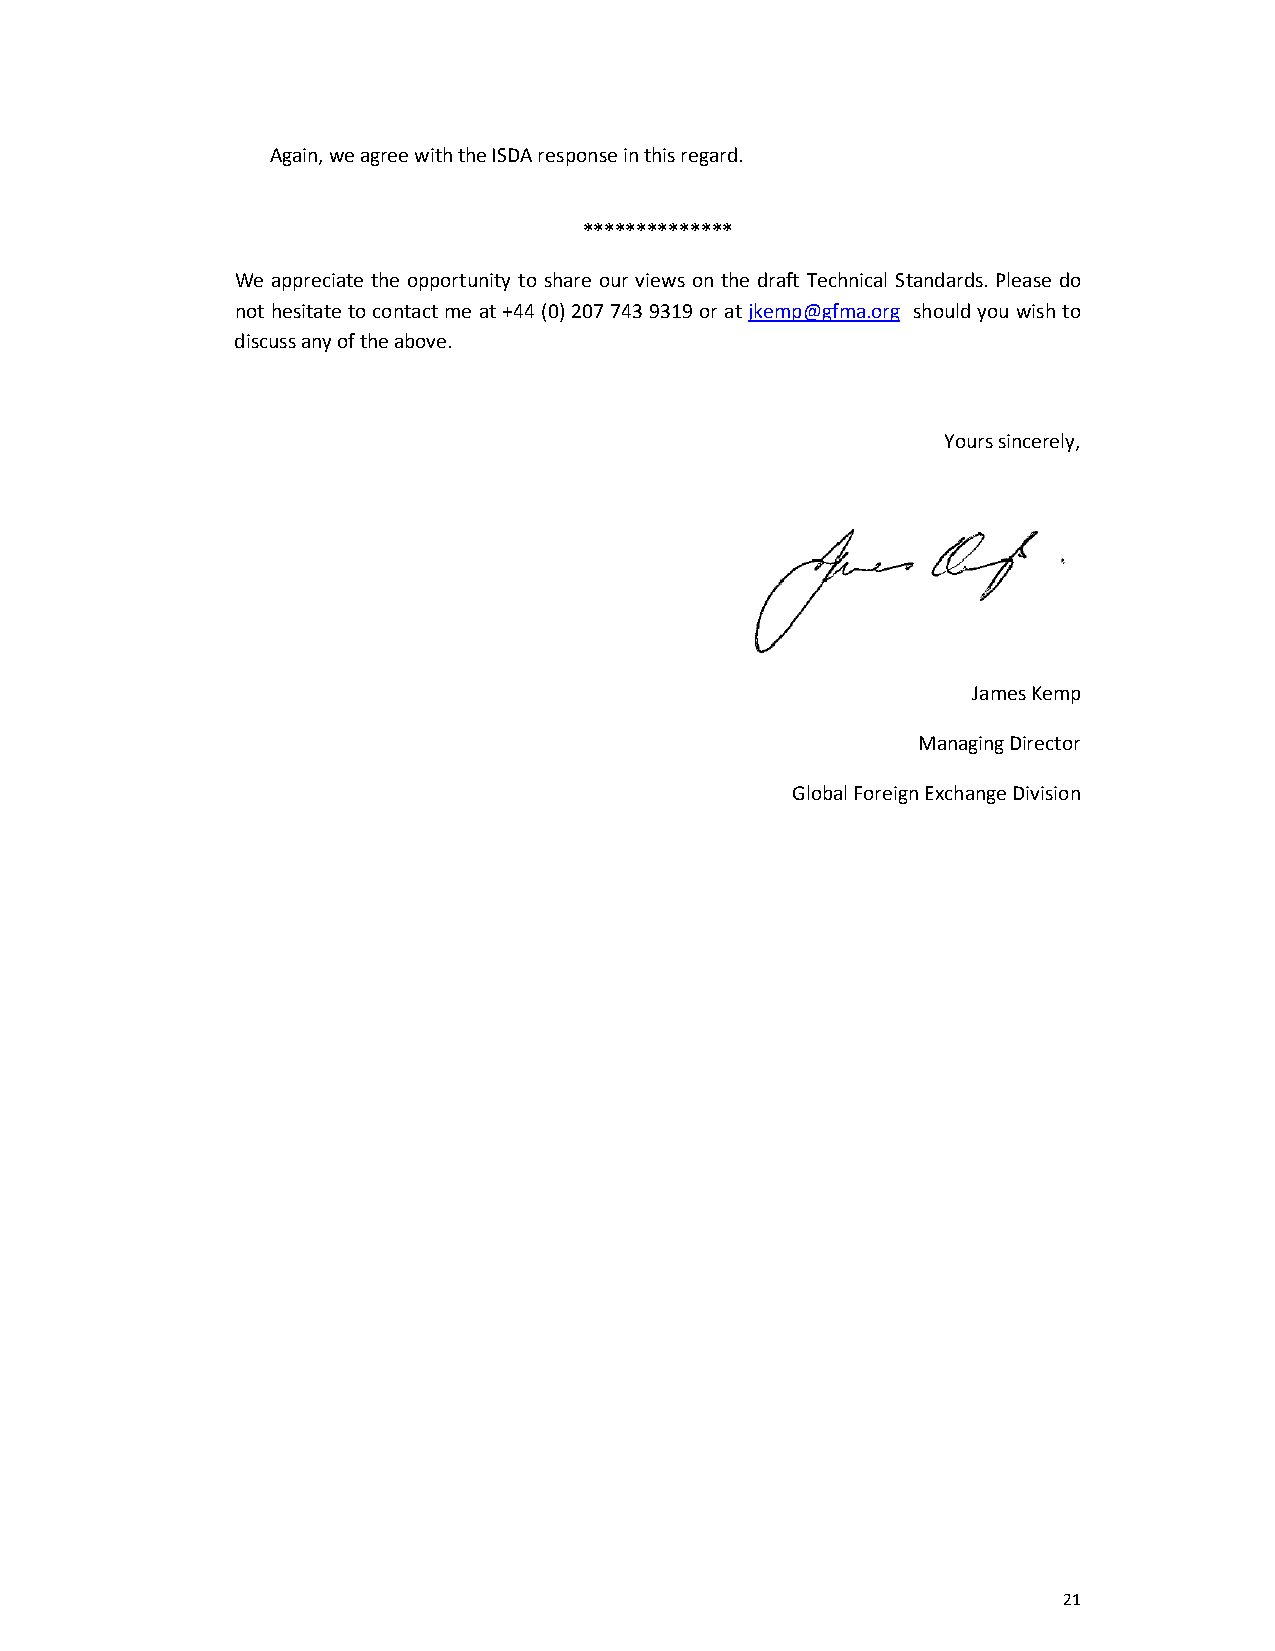
Again, we agree with the ISDA response in this regard.
 **************
 We appreciate the opportunity to share our views on the draft Technical Standards. Please do
 not hesitate to contact me at +44 (0) 207 743 9319 or at jkemp@gfma.org should you wish to
 discuss any of the above.
 Yours sincerely,
 James Kemp
 Managing Director
 Global Foreign Exchange Division
 21